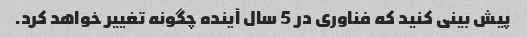
پیش بینی کنید که فناوری در 5 سال آینده چگونه تغییر خواهد کرد.